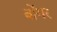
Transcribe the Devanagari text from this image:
बोंगर